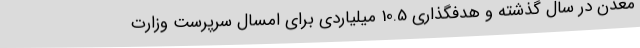
معدن در سال گذشته و هدفگذاری 10.5 میلیاردی برای امسال سرپرست وزارت